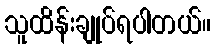
သူထိန်းချုပ်ရပါတယ်။